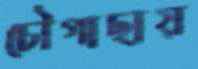
চৌগাছায়